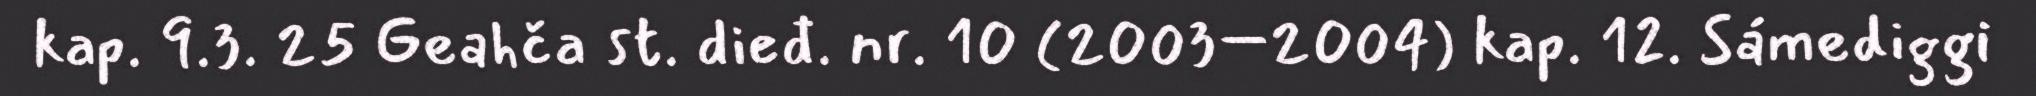
kap. 9.3. 25 Geahča st. dieđ. nr. 10 (2003–2004) kap. 12. Sámediggi